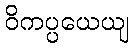
ဝိကပ္ပယေယျ